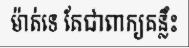
ម៉ាត់ទេ តែជាពាក្យគន្លឹះ